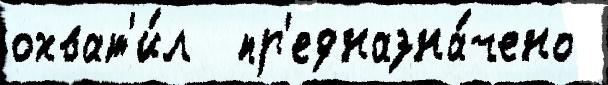
охват'и́л  пр'едназна́чено